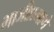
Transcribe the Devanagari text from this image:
भाजीप्रमाणे